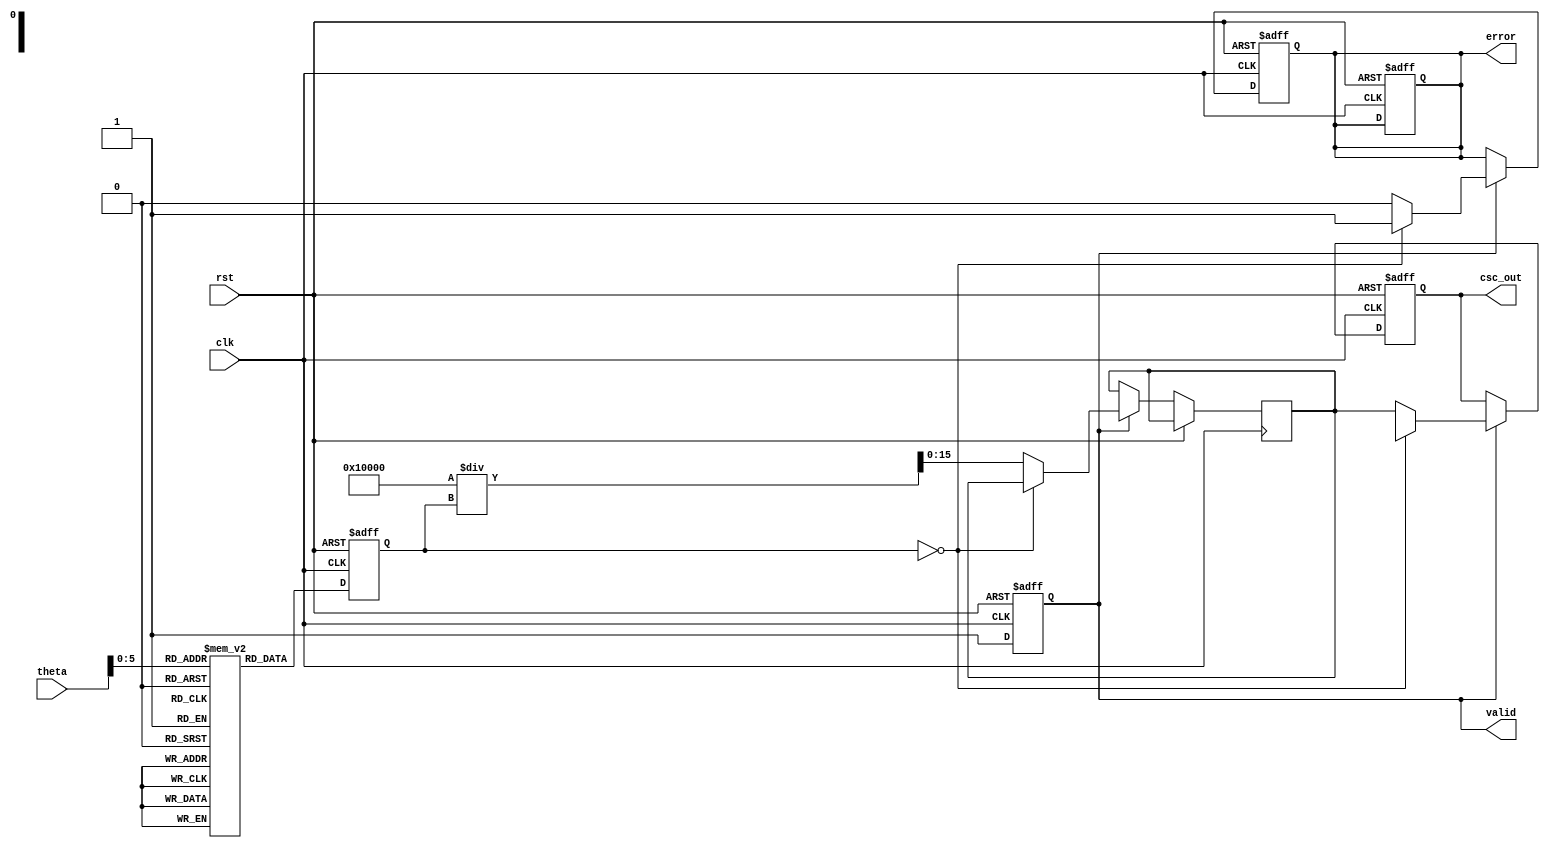
module csc_calculator #(
    parameter INPUT_WIDTH = 16,  // Width of the input angle in fixed-point
    parameter OUTPUT_WIDTH = 16   // Width of the output cosecant value
)(
    input wire clk,
    input wire rst,
    input wire [INPUT_WIDTH-1:0] theta,  // Angle input in radians
    output reg [OUTPUT_WIDTH-1:0] csc_out, // Cosecant output
    output reg valid,                     // Output valid signal
    output reg error                      // Error signal for division by zero
);

    // Internal signals
    reg [INPUT_WIDTH-1:0] sin_value; // Sine value
    reg [OUTPUT_WIDTH-1:0] reciprocal; // Reciprocal of sine value

    // Sine Lookup Table (for simplicity, using a small table)
    // This is a placeholder; a real implementation would require more entries
    reg [INPUT_WIDTH-1:0] sine_lut [0:63]; // LUT for sin values
    initial begin
        // Populate the sine lookup table with values for sin()
        sine_lut[0] = 0;        // sin(0)
        sine_lut[1] = 16384;    // sin(/6)
        sine_lut[2] = 32767;    // sin(/4)
        sine_lut[3] = 46341;    // sin(/3)
        sine_lut[4] = 57358;    // sin(/2)
        // Additional values would be populated here...
    end

    // Sine calculation (simple lookup based on theta)
    always @(posedge clk or posedge rst) begin
        if (rst) begin
            sin_value <= 0;
            valid <= 0;
            error <= 0;
        end else begin
            // Normalize theta to fit the LUT index
            // Assuming theta is in fixed-point representation of [0, 2)
            // Scale theta to fit LUT size (0 to 63)
            sin_value <= sine_lut[theta[5:0]]; // Use lower 6 bits for LUT index
            valid <= 1;
        end
    end

    // Reciprocal calculation
    always @(posedge clk or posedge rst) begin
        if (rst) begin
            csc_out <= 0;
            error <= 0;
        end else if (valid) begin
            if (sin_value == 0) begin
                csc_out <= {OUTPUT_WIDTH{1'bx}}; // NaN or undefined
                error <= 1; // Indicate an error
            end else begin
                reciprocal <= (1 << OUTPUT_WIDTH) / sin_value; // Compute reciprocal
                csc_out <= reciprocal; // Assign to output
                error <= 0; // No error
            end
        end
    end

endmodule